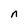
Character: n